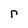
Character: r